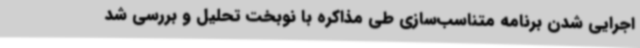
اجرایی شدن برنامه متناسب‌سازی طی مذاکره با نوبخت تحلیل و بررسی شد